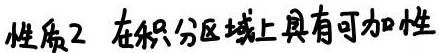
性质2 在积分区域上具有可加性